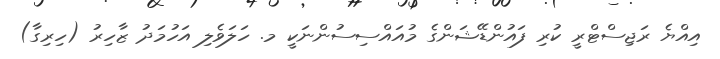
އިއްޔެ ރަޖިސްޓްރީ ކުރި ފައުންޑޭޝަންގެ މުއައްސިސުންނަކީ މ. ހަލަވެލި އަހުމަދު ޒާހިރު (ހިރިގާ)